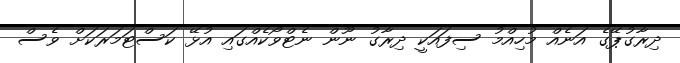
ދިރާގުޕޭގެ އަނެއް މުހިއްމު ސިފައަކީ ދިރާގު ނޫން ނެޓްވޯކެއްގައި އުޅޭ ކަސްޓަމަރަކަށް ވެސް